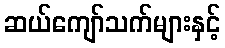
ဆယ်ကျော်သက်များနှင့်